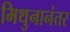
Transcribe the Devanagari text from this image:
मिथुनानंतर